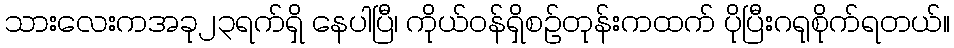
သားလေးကအခု၂၃ရက်ရှိ နေပါပြီ၊ ကိုယ်ဝန်ရှိစဉ်တုန်းကထက် ပိုပြီးဂရုစိုက်ရတယ်။